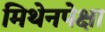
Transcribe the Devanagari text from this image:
मिथेनपेक्षा